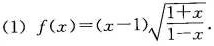
(1) $$f(x)=(x-1) \sqrt{ \frac{1+x}{1-x}}$$.